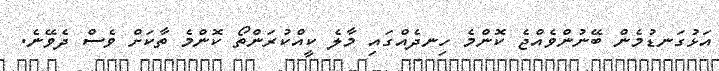
އަޅުގަނޑުމެން ބޭނުންވެއްޖެ ކޮންމެ ހިނދެއްގައި މާލެ ކީއްކުރަންތޯ ކޮންމެ ތާކަށް ވެސް ދެވޭނެ.